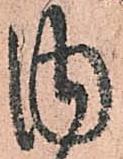
内